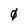
Character: 0